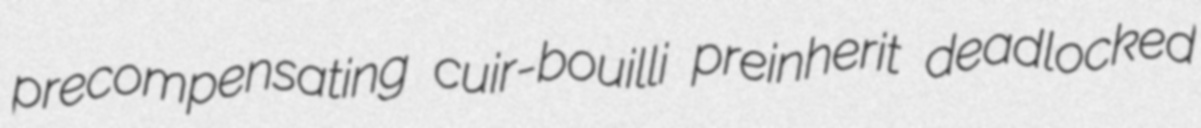
precompensating cuir-bouilli preinherit deadlocked